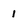
Character: 1